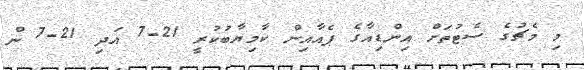
މި މެޗުގެ ސެޓުތަށް އިންޑިއާގެ ޕެއާއިން ކާމިޔާބުކުރީ 21-7 އަދި 21-7 ން